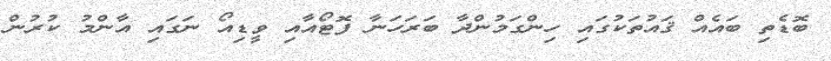
ބޮޑެތި ބައެއް ޤައުތަކުގައި ހިންގަމުންދާ ބަރަހަނާ ފޮޓޯއާއި ވީޑިއޯ ނަގައި އާންމު ކުރުން